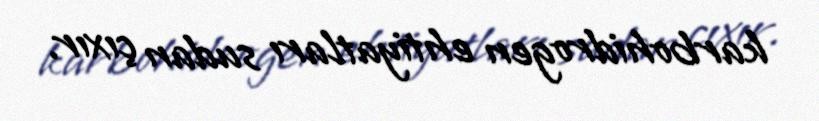
karbohidrogen ehtiyatları sudan çıxır.